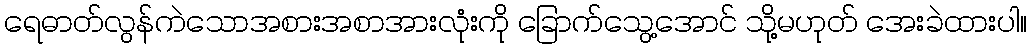
ရေဓာတ်လွန်ကဲသောအစားအစာအားလုံးကို ခြောက်သွေ့အောင် သို့မဟုတ် အေးခဲထားပါ။